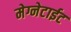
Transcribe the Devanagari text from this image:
मेग्नेटाईट